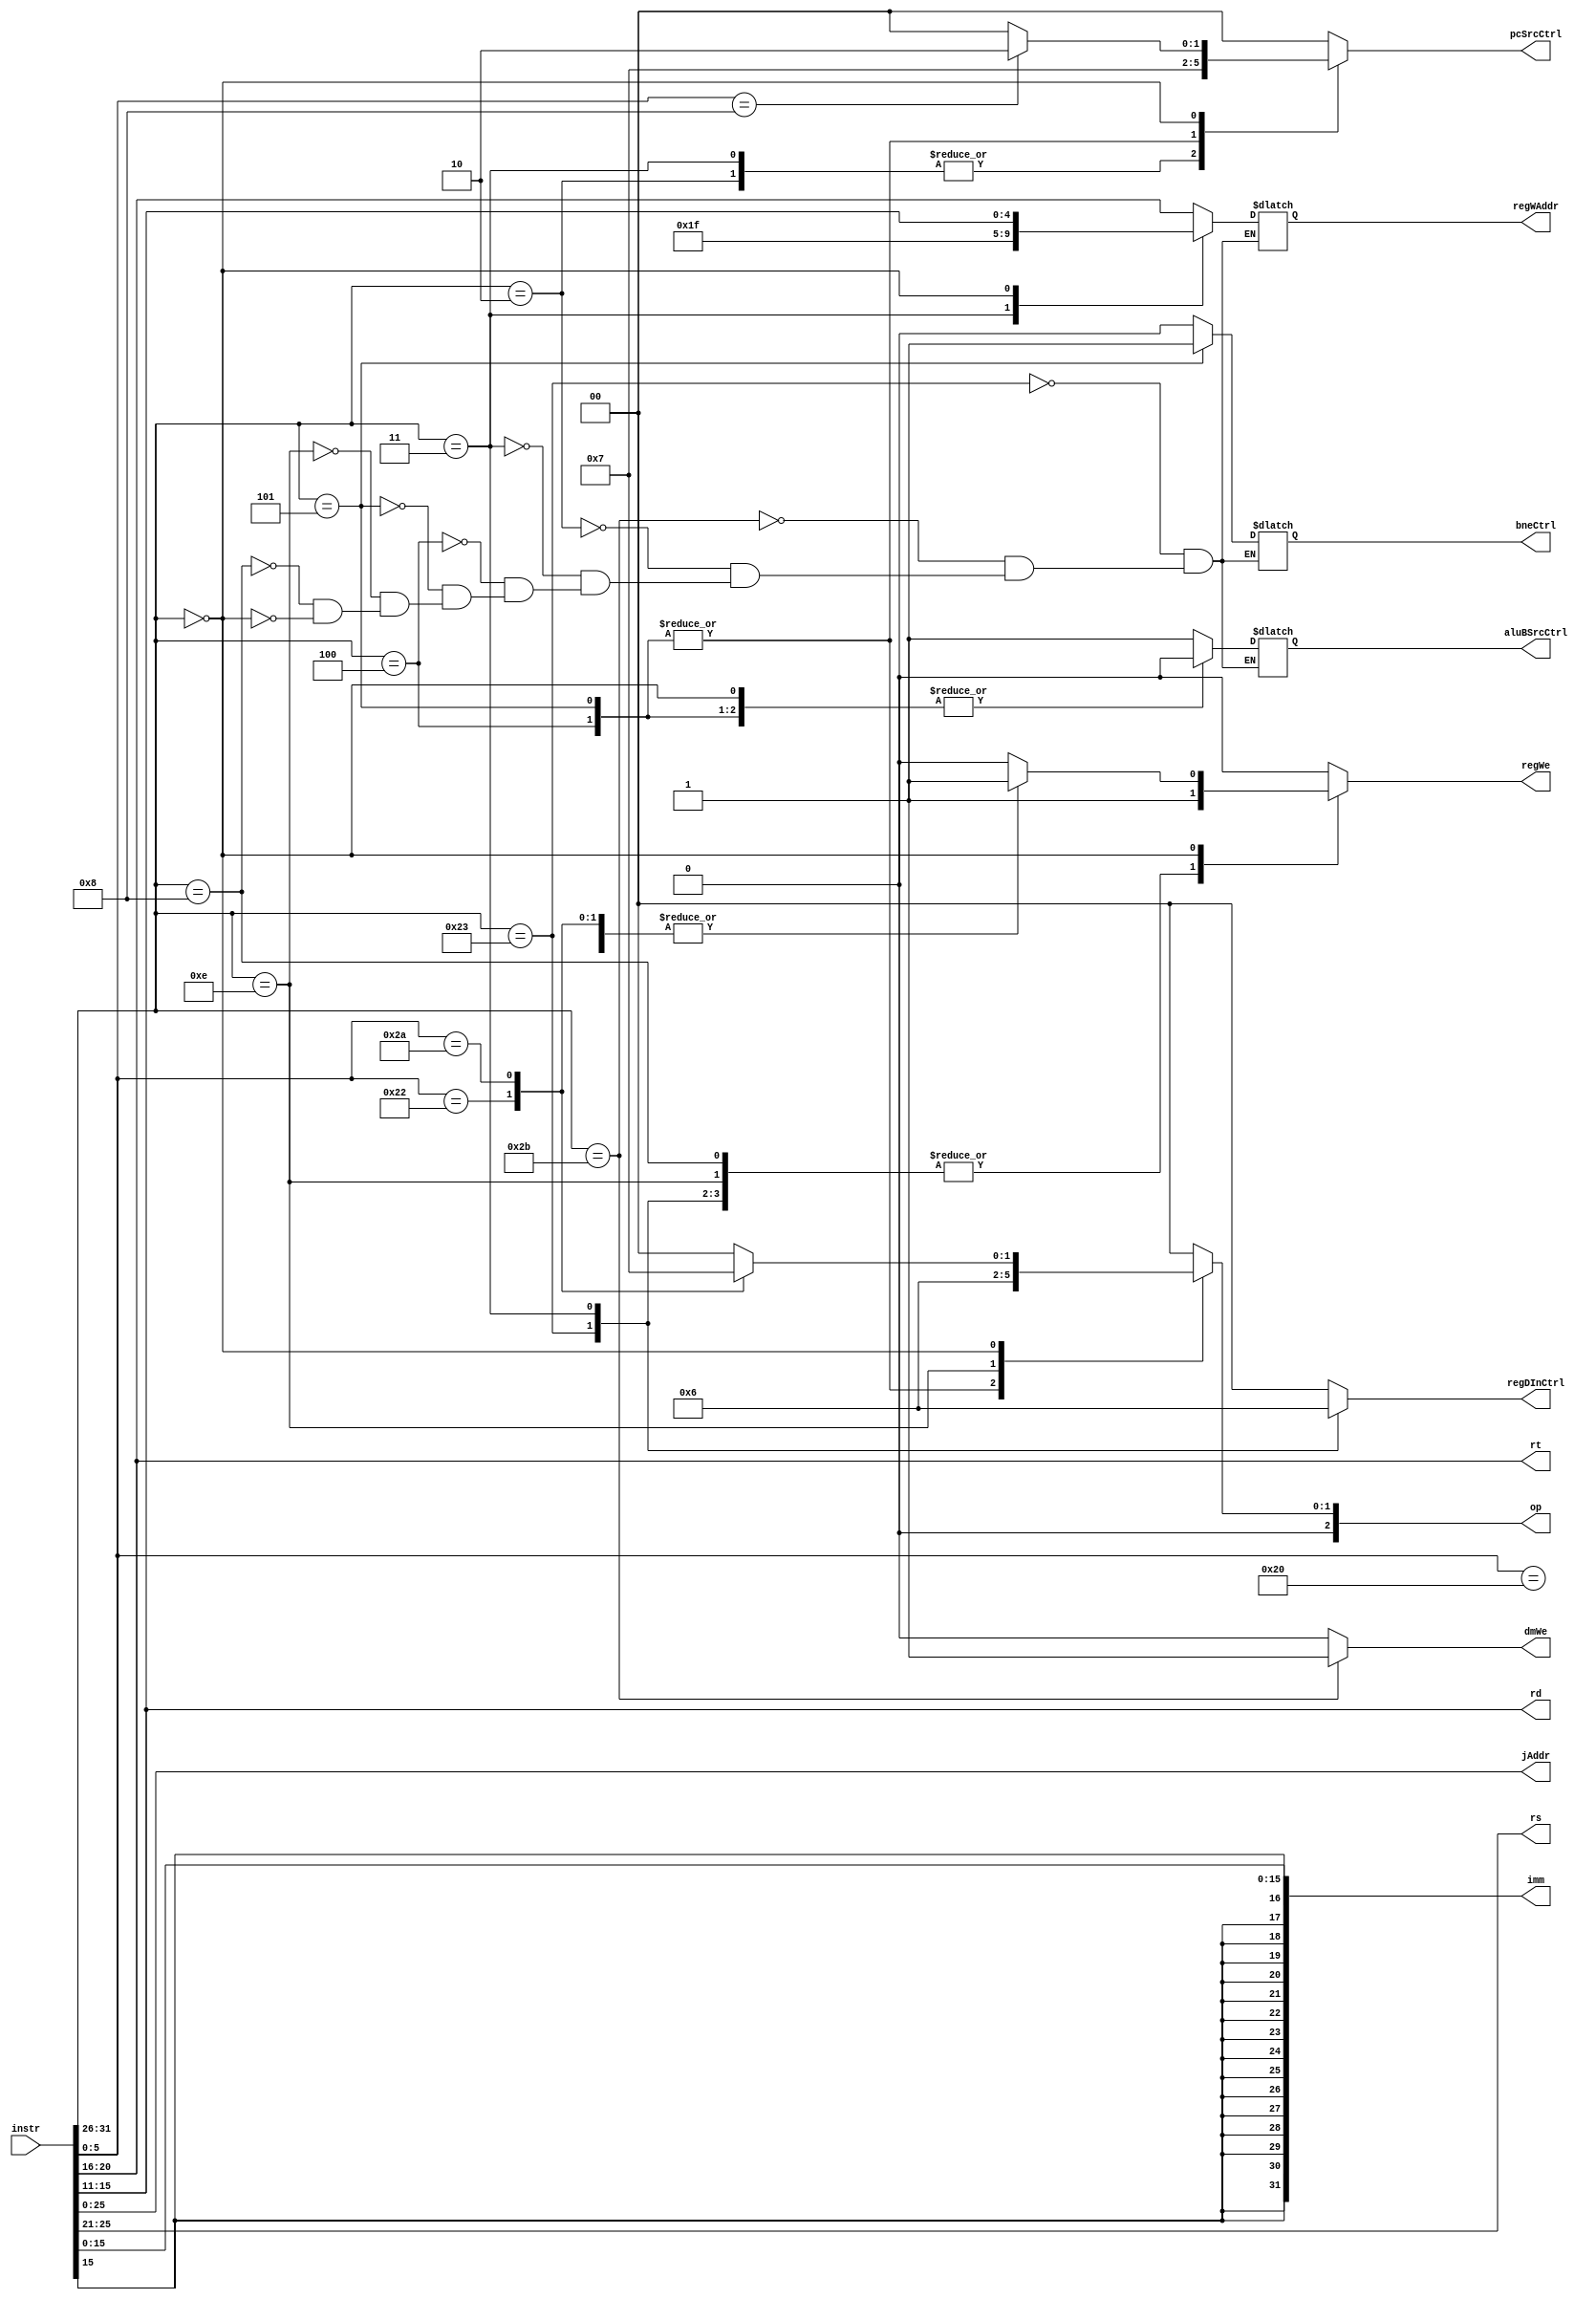
/*
 * @module decoder
 */

module decoder
  (
   output [25:0]    jAddr,
   output [4:0]     rd,
                    rt,
                    rs,
   output reg [4:0] regWAddr,
   output reg [2:0] op,
   output reg [1:0] pcSrcCtrl,
                    regDInCtrl,
   output reg       regWe,
                    dmWe,
                    bneCtrl,
   output reg       aluBSrcCtrl,
   output [31:0]    imm,
   input [31:0]     instr
   );

   wire [5:0]       opcode, funct;

   localparam
     LW = 6'h23,
     SW = 6'h2b,
     J = 6'h2,
     JAL = 6'h3,
     BEQ = 6'h4,
     BNE = 6'h5,
     XORI = 6'he,
     ADDI = 6'h8,
     RTYPE = 6'h0,

     R_JR = 6'h8,
     R_ADD = 6'h20,
     R_SUB = 6'h22,
     R_SLT = 6'h2a,

     PC_INC4 = 2'h0,
     PC_J = 2'h1,
     PC_JR = 2'h2,
     PC_BNE = 2'h3,

     ALU_B_REG = 1'b0,
     ALU_B_IMM = 1'b1,

     REG_DIN_ALU = 2'h0,
     REG_DIN_DM = 2'h1,
     REG_DIN_JAL = 2'h2,

     ADD = 3'h0,
     SUB = 3'h1,
     XOR = 3'h2,
     SLT = 3'h3,
     AND = 3'h4,
     NAND = 3'h5,
     NOR = 3'h6,
     OR = 3'h7;

   assign
     funct = instr[5:0],
     rd = instr[15:11],
     rt = instr[20:16],
     rs = instr[25:21],
     opcode = instr[31:26],
     jAddr = instr[25:0],
     imm = {{16{instr[15]}}, instr[15:0]};
   // aluBSrcCtrl = opcode == RTYPE ? ALU_B_REG : ALU_B_IMM;

   always @(*) begin
      case (opcode)
        LW: begin
           aluBSrcCtrl = ALU_B_IMM;
           regWe = 1;
           op = ADD;
           pcSrcCtrl = PC_INC4;
           regDInCtrl = REG_DIN_DM;
           dmWe = 0;
           regWAddr = rt;
           bneCtrl = 0;
        end

        SW: begin
           aluBSrcCtrl = ALU_B_IMM;
           regWe = 0;
           op = ADD;
           pcSrcCtrl = PC_INC4;
           regDInCtrl = REG_DIN_ALU;
           dmWe = 1;
           regWAddr = rt;
           bneCtrl = 0;
        end

        J: begin
           aluBSrcCtrl = ALU_B_IMM;
           regWe = 0;
           op = ADD;
           pcSrcCtrl = PC_J;
           regDInCtrl = REG_DIN_ALU;
           dmWe = 0;
           regWAddr = rt;
           bneCtrl = 0;
        end

        JAL: begin
           aluBSrcCtrl = ALU_B_IMM;
           regWe = 1;
           op = ADD;
           pcSrcCtrl = PC_J;
           regDInCtrl = REG_DIN_JAL;
           dmWe = 0;
           regWAddr = 31;
           bneCtrl = 0;
        end

        BEQ: begin
           aluBSrcCtrl = ALU_B_REG;
           regWe = 0;
           op = SUB;
           pcSrcCtrl = PC_BNE;
           regDInCtrl = REG_DIN_ALU;
           dmWe = 0;
           regWAddr = rt;
           bneCtrl = 0;
        end

        BNE: begin
           aluBSrcCtrl = ALU_B_REG;
           regWe = 0;
           op = SUB;
           pcSrcCtrl = PC_BNE;
           regDInCtrl = REG_DIN_ALU;
           dmWe = 0;
           regWAddr = rt;
           bneCtrl = 1;
        end

        XORI: begin
           aluBSrcCtrl = ALU_B_IMM;
           regWe = 1;
           op = XOR;
           pcSrcCtrl = PC_INC4;
           regDInCtrl = REG_DIN_ALU;
           dmWe = 0;
           regWAddr = rt;
           bneCtrl = 0;
        end

        ADDI: begin
           aluBSrcCtrl = ALU_B_IMM;
           regWe = 1;
           op = ADD;
           pcSrcCtrl = PC_INC4;
           regDInCtrl = REG_DIN_ALU;
           dmWe = 0;
           regWAddr = rt;
           bneCtrl = 0;
        end

        RTYPE: begin
           aluBSrcCtrl = ALU_B_REG;
           regWAddr = rd;
           dmWe = 0;
           bneCtrl = 0;
           regDInCtrl = REG_DIN_ALU;

           case (funct)
             R_JR: begin
                regWe = 0;
                op = ADD;
                pcSrcCtrl = PC_JR;
             end

             R_ADD: begin
                regWe = 1;
                op = ADD;
                pcSrcCtrl = PC_INC4;
             end

             R_SUB: begin
                regWe = 1;
                op = SUB;
                pcSrcCtrl = PC_INC4;
             end

             R_SLT: begin
                regWe = 1;
                op = SLT;
                pcSrcCtrl = PC_INC4;
             end

             default: begin
                regWe = 0;
                op = ADD;
                pcSrcCtrl = PC_INC4;
             end
           endcase
        end

        default: begin
           regWe = 0;
           op = ADD;
           pcSrcCtrl = PC_INC4;
           regDInCtrl = REG_DIN_ALU;
           dmWe = 0;
        end

      endcase
   end
endmodule